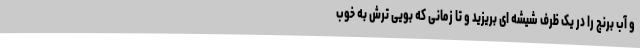
و آب برنج را در یک ظرف شیشه ای بریزید و تا زمانی که بویی ترش به خوب